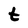
Character: t